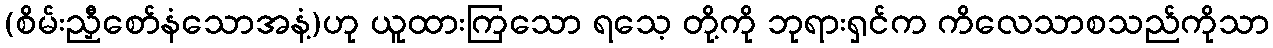
(စိမ်းညှီစော်နံသောအနံ့)ဟု ယူထားကြသော ရသေ့ တို့ကို ဘုရားရှင်က ကိလေသာစသည်ကိုသာ